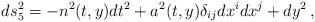
LaTeX: \begin{align*}ds_5^2 = - n^2(t,y) dt^2 + a^2(t,y) \delta_{ij}dx^i dx^j + dy^2 \,,\end{align*}